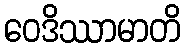
ဝေဒိဿာမာတိ